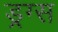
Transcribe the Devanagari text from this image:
ड्रग्‍स